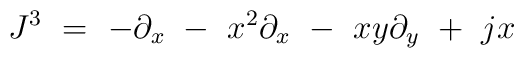
J^3\  =\ - \partial_x \ - \ x^2\partial_x \ - \ xy\partial_y \ +\ jx